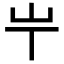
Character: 𡴶